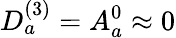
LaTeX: D_{a}^{(3)}=A_{a}^{0}\approx 0